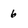
Character: 6